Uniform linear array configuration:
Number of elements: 48
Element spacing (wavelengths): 1
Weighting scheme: hamming
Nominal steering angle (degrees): -60
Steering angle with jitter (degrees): -58.112
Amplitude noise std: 0.05
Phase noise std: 0.05

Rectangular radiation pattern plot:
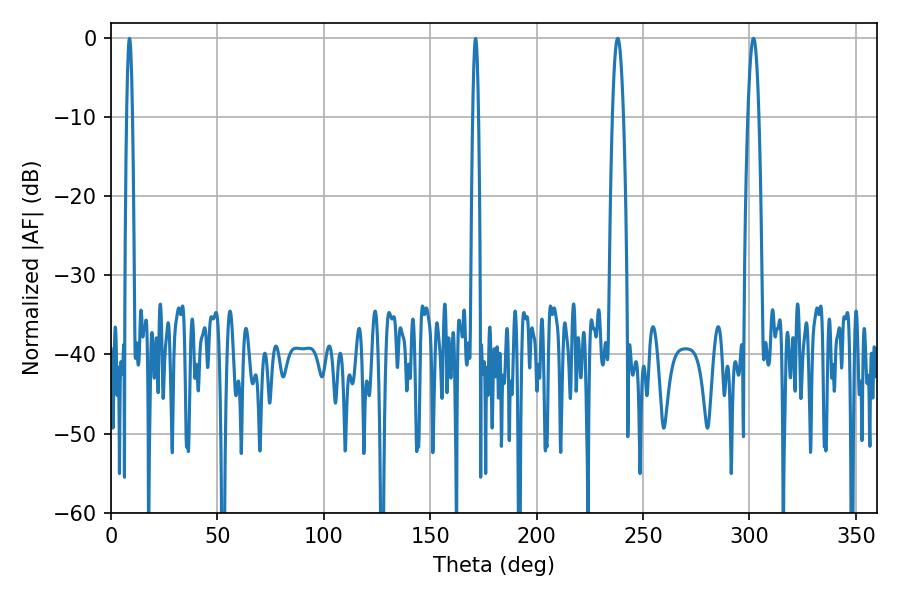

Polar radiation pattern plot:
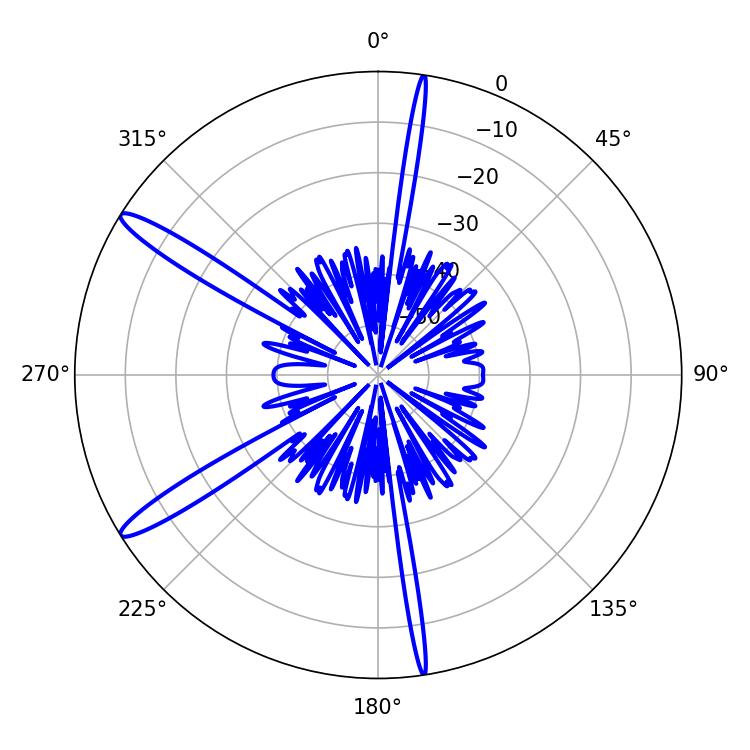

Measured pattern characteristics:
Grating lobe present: TRUE
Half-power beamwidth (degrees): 2.88
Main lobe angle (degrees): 238.14